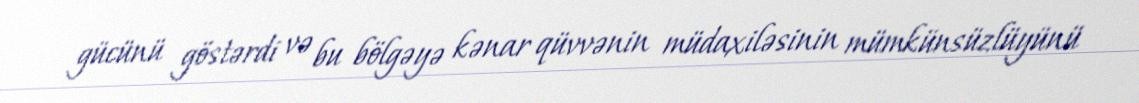
gücünü göstərdi və bu bölgəyə kənar qüvvənin müdaxiləsinin mümkünsüzlüyünü